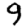
Digit: 9